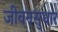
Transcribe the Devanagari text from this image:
जीवनसुधार